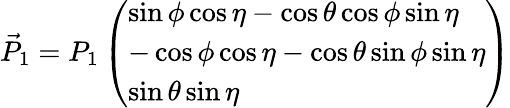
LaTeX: \vec{P}_{1}=P_{1}\left(\begin{array}{l}{\sin\phi\cos\eta-\cos\theta\cos\phi\sin\eta}\\ {-\cos\phi\cos\eta-\cos\theta\sin\phi\sin\eta}\\ {\sin\theta\sin\eta}\end{array}\right)